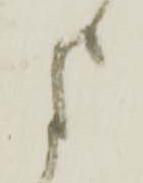
よ